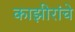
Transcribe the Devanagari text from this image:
काझीरांचे